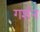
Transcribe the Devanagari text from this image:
गर्शन